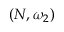
( N , \omega _ { 2 } )